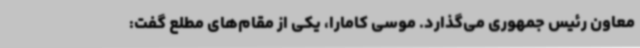
معاون رئیس جمهوری می‌گذارد. موسی کامارا، یکی از مقام‌های مطلع گفت:‌